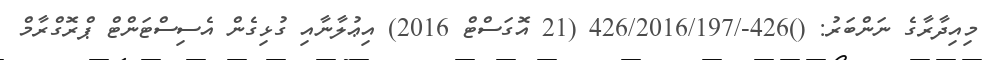
މިއިދާރާގެ ނަންބަރު: ()426-/426/2016/197 (21 އޮގަސްޓް 2016) އިޢުލާނާއި ގުޅިގެން އެސިސްޓަންޓް ޕްރޮގްރާމް